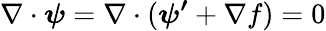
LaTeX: \nabla\cdot\boldsymbol{\psi}=\nabla\cdot(\boldsymbol{\psi^{\prime}}+\nabla f)=0